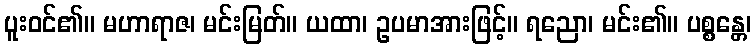
ပူးဝင်၏။ မဟာရာဇ၊ မင်းမြတ်။ ယထာ၊ ဥပမာအားဖြင့်။ ရညော၊ မင်း၏။ ပစ္စန္တေ၊